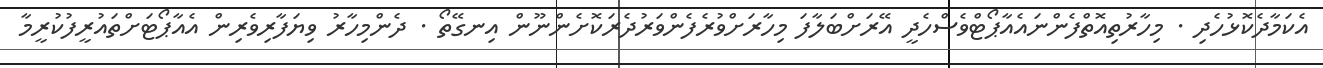
އެކަމާދެކޮޅުހެދި . މިހާރުތިއޮތްފެންނައެއާޕޯޓްވެސްހެދީ އޭރަށްބަލާފަ މިހާރަށްވުރެފެންވަރުދެރަކޮށެންނޫން އިނގޭތޯ . ދެންމިހާރު ވިޔަފާރިވެރިން އެއާޕޯޓަށްތައުރީފުކުރީމާ